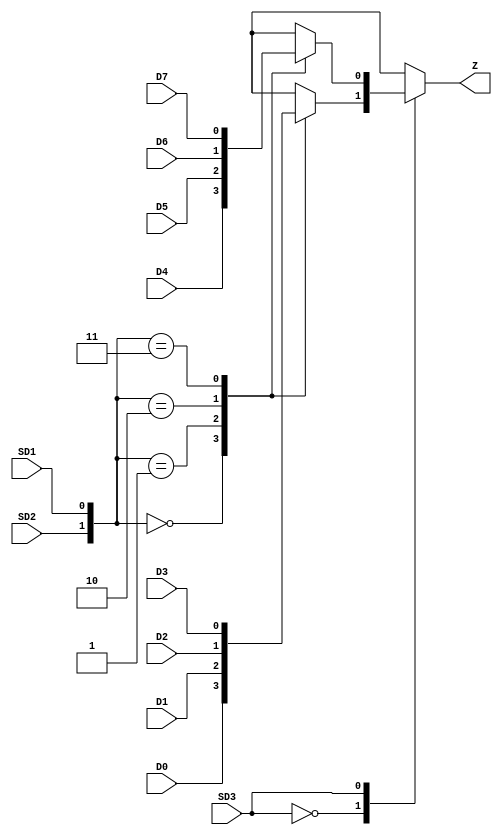
// --------------------------------------------------------------------
// >>>>>>>>>>>>>>>>>>>>>>>>> COPYRIGHT NOTICE <<<<<<<<<<<<<<<<<<<<<<<<<
// --------------------------------------------------------------------
// Copyright (c) 2005 by Lattice Semiconductor Corporation
// --------------------------------------------------------------------
//
//
//                     Lattice Semiconductor Corporation
//                     5555 NE Moore Court
//                     Hillsboro, OR 97214
//                     U.S.A.
//
//                     TEL: 1-800-Lattice  (USA and Canada)
//                          1-408-826-6000 (other locations)
//
//                     web: http://www.latticesemi.com/
//
// --------------------------------------------------------------------
//
// Simulation Library File for SC
//
// $Header: /home/dmsys/pvcs/RCSMigTest/rcs/verilog/pkg/versclibs/data/orca5/RCS/MUX81.v,v 1.2 2005/05/19 19:06:50 pradeep Exp $ 
//
`resetall
`timescale 1 ns / 1 ps

`celldefine

module MUX81 (D0, D1, D2, D3, D4, D5, D6, D7, SD1, SD2, SD3, Z);
  input  D0, D1, D2, D3, D4, D5, D6, D7, SD1, SD2, SD3;
  output Z;
  reg    Zb;
  wire  D0b, D1b, D2b, D3b, D4b, D5b, D6b, D7b, SD1b, SD2b, SD3b;
  wire [2:0] dselect;
  wire [7:0] dinput;

      function DataSame;
        input a, b;
        begin
          if (a === b)
            DataSame = a;
          else
            DataSame = 1'bx;
        end
      endfunction

    function mux41 ;
      input [3:0] din;
      input [1:0] dsel;
      reg   mux41_1, mux41_2;
      begin
        case (dsel)
         2'b00 : mux41 = din[0];
         2'b01 : mux41 = din[1];
         2'b10 : mux41 = din[2];
         2'b11 : mux41 = din[3];
         2'b0x : mux41 = DataSame(din[0], din[1]);
         2'b1x : mux41 = DataSame(din[2], din[3]);
         2'bx0 : mux41 = DataSame(din[2], din[0]);
         2'bx1 : mux41 = DataSame(din[3], din[1]);
         default begin
                 mux41_1 = DataSame(din[1], din[0]);
                 mux41_2 = DataSame(din[3], din[2]);
                 mux41 = DataSame(mux41_1, mux41_2);
                 end
        endcase
      end
    endfunction

    function mux8x1 ;
       input [7:0] din;
       input [2:0] dsel;
       reg   mux81_1, mux81_2;
       begin
        case (dsel[2])
           1'b0  : mux8x1 = mux41(din[3:0], dsel[1:0]);
           1'b1  : mux8x1 = mux41(din[7:4], dsel[1:0]);
           default begin
                   mux81_1 = mux41(din[3:0], dsel[1:0]);
                   mux81_2 = mux41(din[7:4], dsel[1:0]);
                   mux8x1   = DataSame(mux81_1,mux81_2);
                   end
         endcase
       end
    endfunction

    assign dselect = {SD3b, SD2b, SD1b};
    assign dinput = {D7b, D6b, D5b, D4b, D3b, D2b, D1b, D0b};

    always @ (dselect or dinput)
    begin
       Zb = mux8x1((dinput), (dselect));
    end
 
   buf  (D0b, D0);
   buf  (D1b, D1);
   buf  (D2b, D2);
   buf  (D3b, D3);
   buf  (D4b, D4);
   buf  (D5b, D5);
   buf  (D6b, D6);
   buf  (D7b, D7);
   buf  (SD1b, SD1);
   buf  (SD2b, SD2);
   buf  (SD3b, SD3);
   buf  (Z, Zb);


endmodule

`endcelldefine